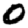
Digit: 0